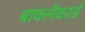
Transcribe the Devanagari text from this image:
बार्क्लेकार्ड